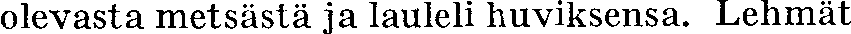
olevasta metsästä ja lauleli huviksensa. Lehmät